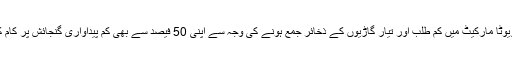
اس وقت ٹویوٹا مارکیٹ میں کم طلب اور تیار گاڑیوں کے ذخائر جمع ہونے کی وجہ سے اپنی 50 فیصد سے بھی کم پیداواری گنجائش پر کام کر رہا ہے۔